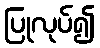
ပြုလုပ်၍